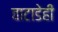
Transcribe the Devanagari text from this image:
वाटाडेही